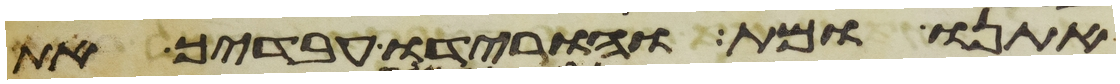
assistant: אתנו ומת והורידו עבדיך את